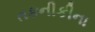
તકનીકીના